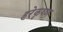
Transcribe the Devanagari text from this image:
हरेकृष्‍ण